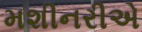
મશીનરીએ